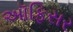
અૉફિસર